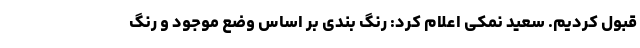
قبول کردیم. سعید نمکی اعلام کرد: رنگ بندی بر اساس وضع موجود و رنگ